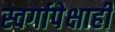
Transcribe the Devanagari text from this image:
स्वर्गापेक्षाही